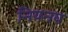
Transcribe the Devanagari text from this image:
नियनय